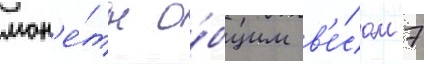
мон'е́ты о́бщим в'е́сом 7